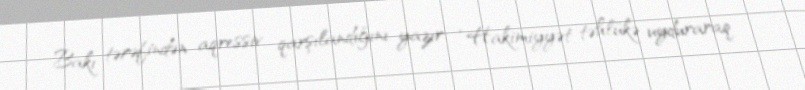
Bakı tərəfindən aqressiv qarşılandığını yazır: “Hakimiyyət təhlükə uyduraraq